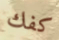
كفك